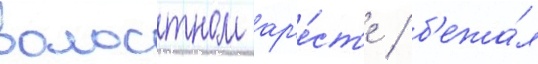
волостном ар'е́ст'е / б'ежа́л